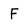
Character: F